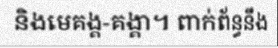
និងមេគង្គ-គង្គា។ ពាក់ព័ន្ធនឹង